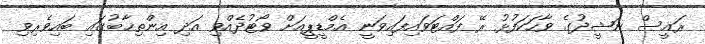
ރައީސް ނަޝީދުގެ ވާހަކަފުޅު ރޭ ފައްޓަވަައިފައިވަނީ އެމްޑީޕީއަށް ވޯޓުދެއްވި އަދި އިންތިޚާބުގައި ބައިވެރިވި